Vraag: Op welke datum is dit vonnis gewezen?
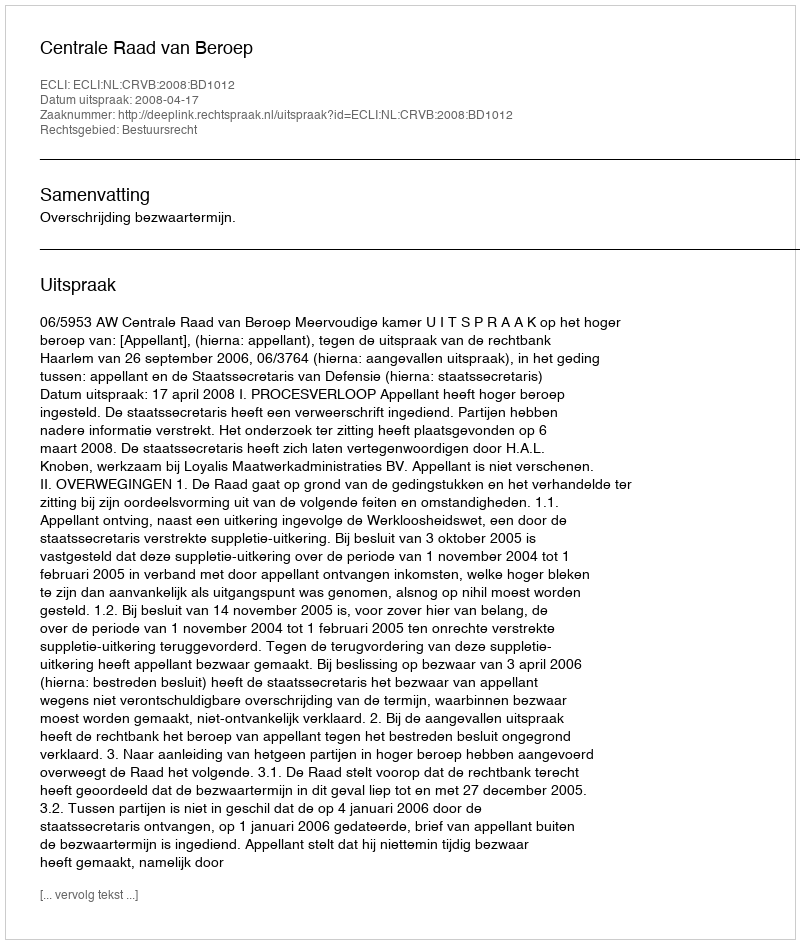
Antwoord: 2008-04-17